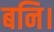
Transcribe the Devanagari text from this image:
बनि।